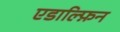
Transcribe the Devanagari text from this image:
एडाल्फ़िन